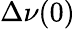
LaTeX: \Delta\nu(0)